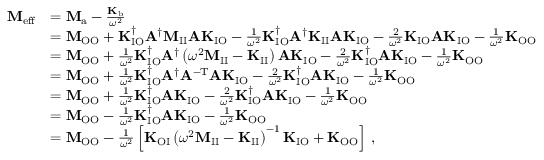
\begin{array} { r l } { \mathbf { M } _ { \mathrm { e f f } } } & { = \mathbf { M } _ { \mathrm { a } } - \frac { \mathbf { K } _ { \mathrm { b } } } { \omega ^ { 2 } } } \\ & { = \mathbf { M } _ { \mathrm { O O } } + \mathbf { K } _ { \mathrm { I O } } ^ { \dagger } \mathbf { A } ^ { \dagger } \mathbf { M } _ { \mathrm { I I } } \mathbf { A } \mathbf { K } _ { \mathrm { I O } } - \frac { 1 } { \omega ^ { 2 } } \mathbf { K } _ { \mathrm { I O } } ^ { \dagger } \mathbf { A } ^ { \dagger } \mathbf { K } _ { \mathrm { I I } } \mathbf { A } \mathbf { K } _ { \mathrm { I O } } - \frac { 2 } { \omega ^ { 2 } } \mathbf { K } _ { \mathrm { I O } } \mathbf { A } \mathbf { K } _ { \mathrm { I O } } - \frac { 1 } { \omega ^ { 2 } } \mathbf { K } _ { \mathrm { O O } } \, } \\ & { = \mathbf { M } _ { \mathrm { O O } } + \frac { 1 } { \omega ^ { 2 } } \mathbf { K } _ { \mathrm { I O } } ^ { \dagger } \mathbf { A } ^ { \dagger } \left( \omega ^ { 2 } \mathbf { M } _ { \mathrm { I I } } - \mathbf { K } _ { \mathrm { I I } } \right) \mathbf { A } \mathbf { K } _ { \mathrm { I O } } - \frac { 2 } { \omega ^ { 2 } } \mathbf { K } _ { \mathrm { I O } } ^ { \dagger } \mathbf { A } \mathbf { K } _ { \mathrm { I O } } - \frac { 1 } { \omega ^ { 2 } } \mathbf { K } _ { \mathrm { O O } } \, } \\ & { = \mathbf { M } _ { \mathrm { O O } } + \frac { 1 } { \omega ^ { 2 } } \mathbf { K } _ { \mathrm { I O } } ^ { \dagger } \mathbf { A } ^ { \dagger } \mathbf { A } ^ { \mathrm { - T } } \mathbf { A } \mathbf { K } _ { \mathrm { I O } } - \frac { 2 } { \omega ^ { 2 } } \mathbf { K } _ { \mathrm { I O } } ^ { \dagger } \mathbf { A } \mathbf { K } _ { \mathrm { I O } } - \frac { 1 } { \omega ^ { 2 } } \mathbf { K } _ { \mathrm { O O } } } \\ & { = \mathbf { M } _ { \mathrm { O O } } + \frac { 1 } { \omega ^ { 2 } } \mathbf { K } _ { \mathrm { I O } } ^ { \dagger } \mathbf { A } \mathbf { K } _ { \mathrm { I O } } - \frac { 2 } { \omega ^ { 2 } } \mathbf { K } _ { \mathrm { I O } } ^ { \dagger } \mathbf { A } \mathbf { K } _ { \mathrm { I O } } - \frac { 1 } { \omega ^ { 2 } } \mathbf { K } _ { \mathrm { O O } } } \\ & { = \mathbf { M } _ { \mathrm { O O } } - \frac { 1 } { \omega ^ { 2 } } \mathbf { K } _ { \mathrm { I O } } ^ { \dagger } \mathbf { A } \mathbf { K } _ { \mathrm { I O } } - \frac { 1 } { \omega ^ { 2 } } \mathbf { K } _ { \mathrm { O O } } } \\ & { = \mathbf { M } _ { \mathrm { O O } } - \frac { 1 } { \omega ^ { 2 } } \left[ \mathbf { K } _ { \mathrm { O I } } \left( \omega ^ { 2 } \mathbf { M } _ { \mathrm { I I } } - \mathbf { K } _ { \mathrm { I I } } \right) ^ { - 1 } \mathbf { K } _ { \mathrm { I O } } + \mathbf { K } _ { \mathrm { O O } } \right] \, , } \end{array}